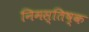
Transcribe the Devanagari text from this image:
निमस्तिष्क